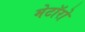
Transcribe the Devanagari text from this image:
मेटॉरो